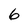
Character: 6